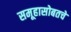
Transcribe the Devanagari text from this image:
समूहासोबतचे